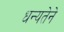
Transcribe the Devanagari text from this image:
धन्यतेने